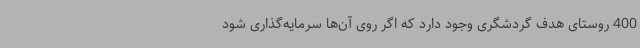
400 روستای هدف گردشگری وجود دارد که اگر روی آن‌ها سرمایه‌گذاری شود